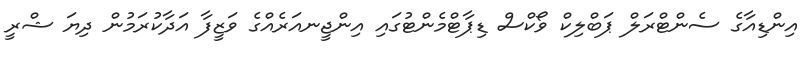
އިންޑިއާގެ ސެންޓްރަލް ޕަބްލިކް ވޯކްސް ޑިޕާޓްމެންޓުގައި އިންޖީނއަރެއްގެ ވަޒީފާ އަދާކުރަމުން ދިޔަ ޝްރީ